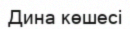
Дина көшесі